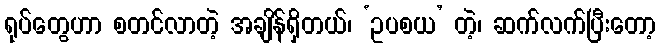
ရုပ်တွေဟာ စတင်လာတဲ့ အချိန်ရှိတယ်၊ ‘ဥပစယ’ တဲ့၊ ဆက်လက်ပြီးတော့